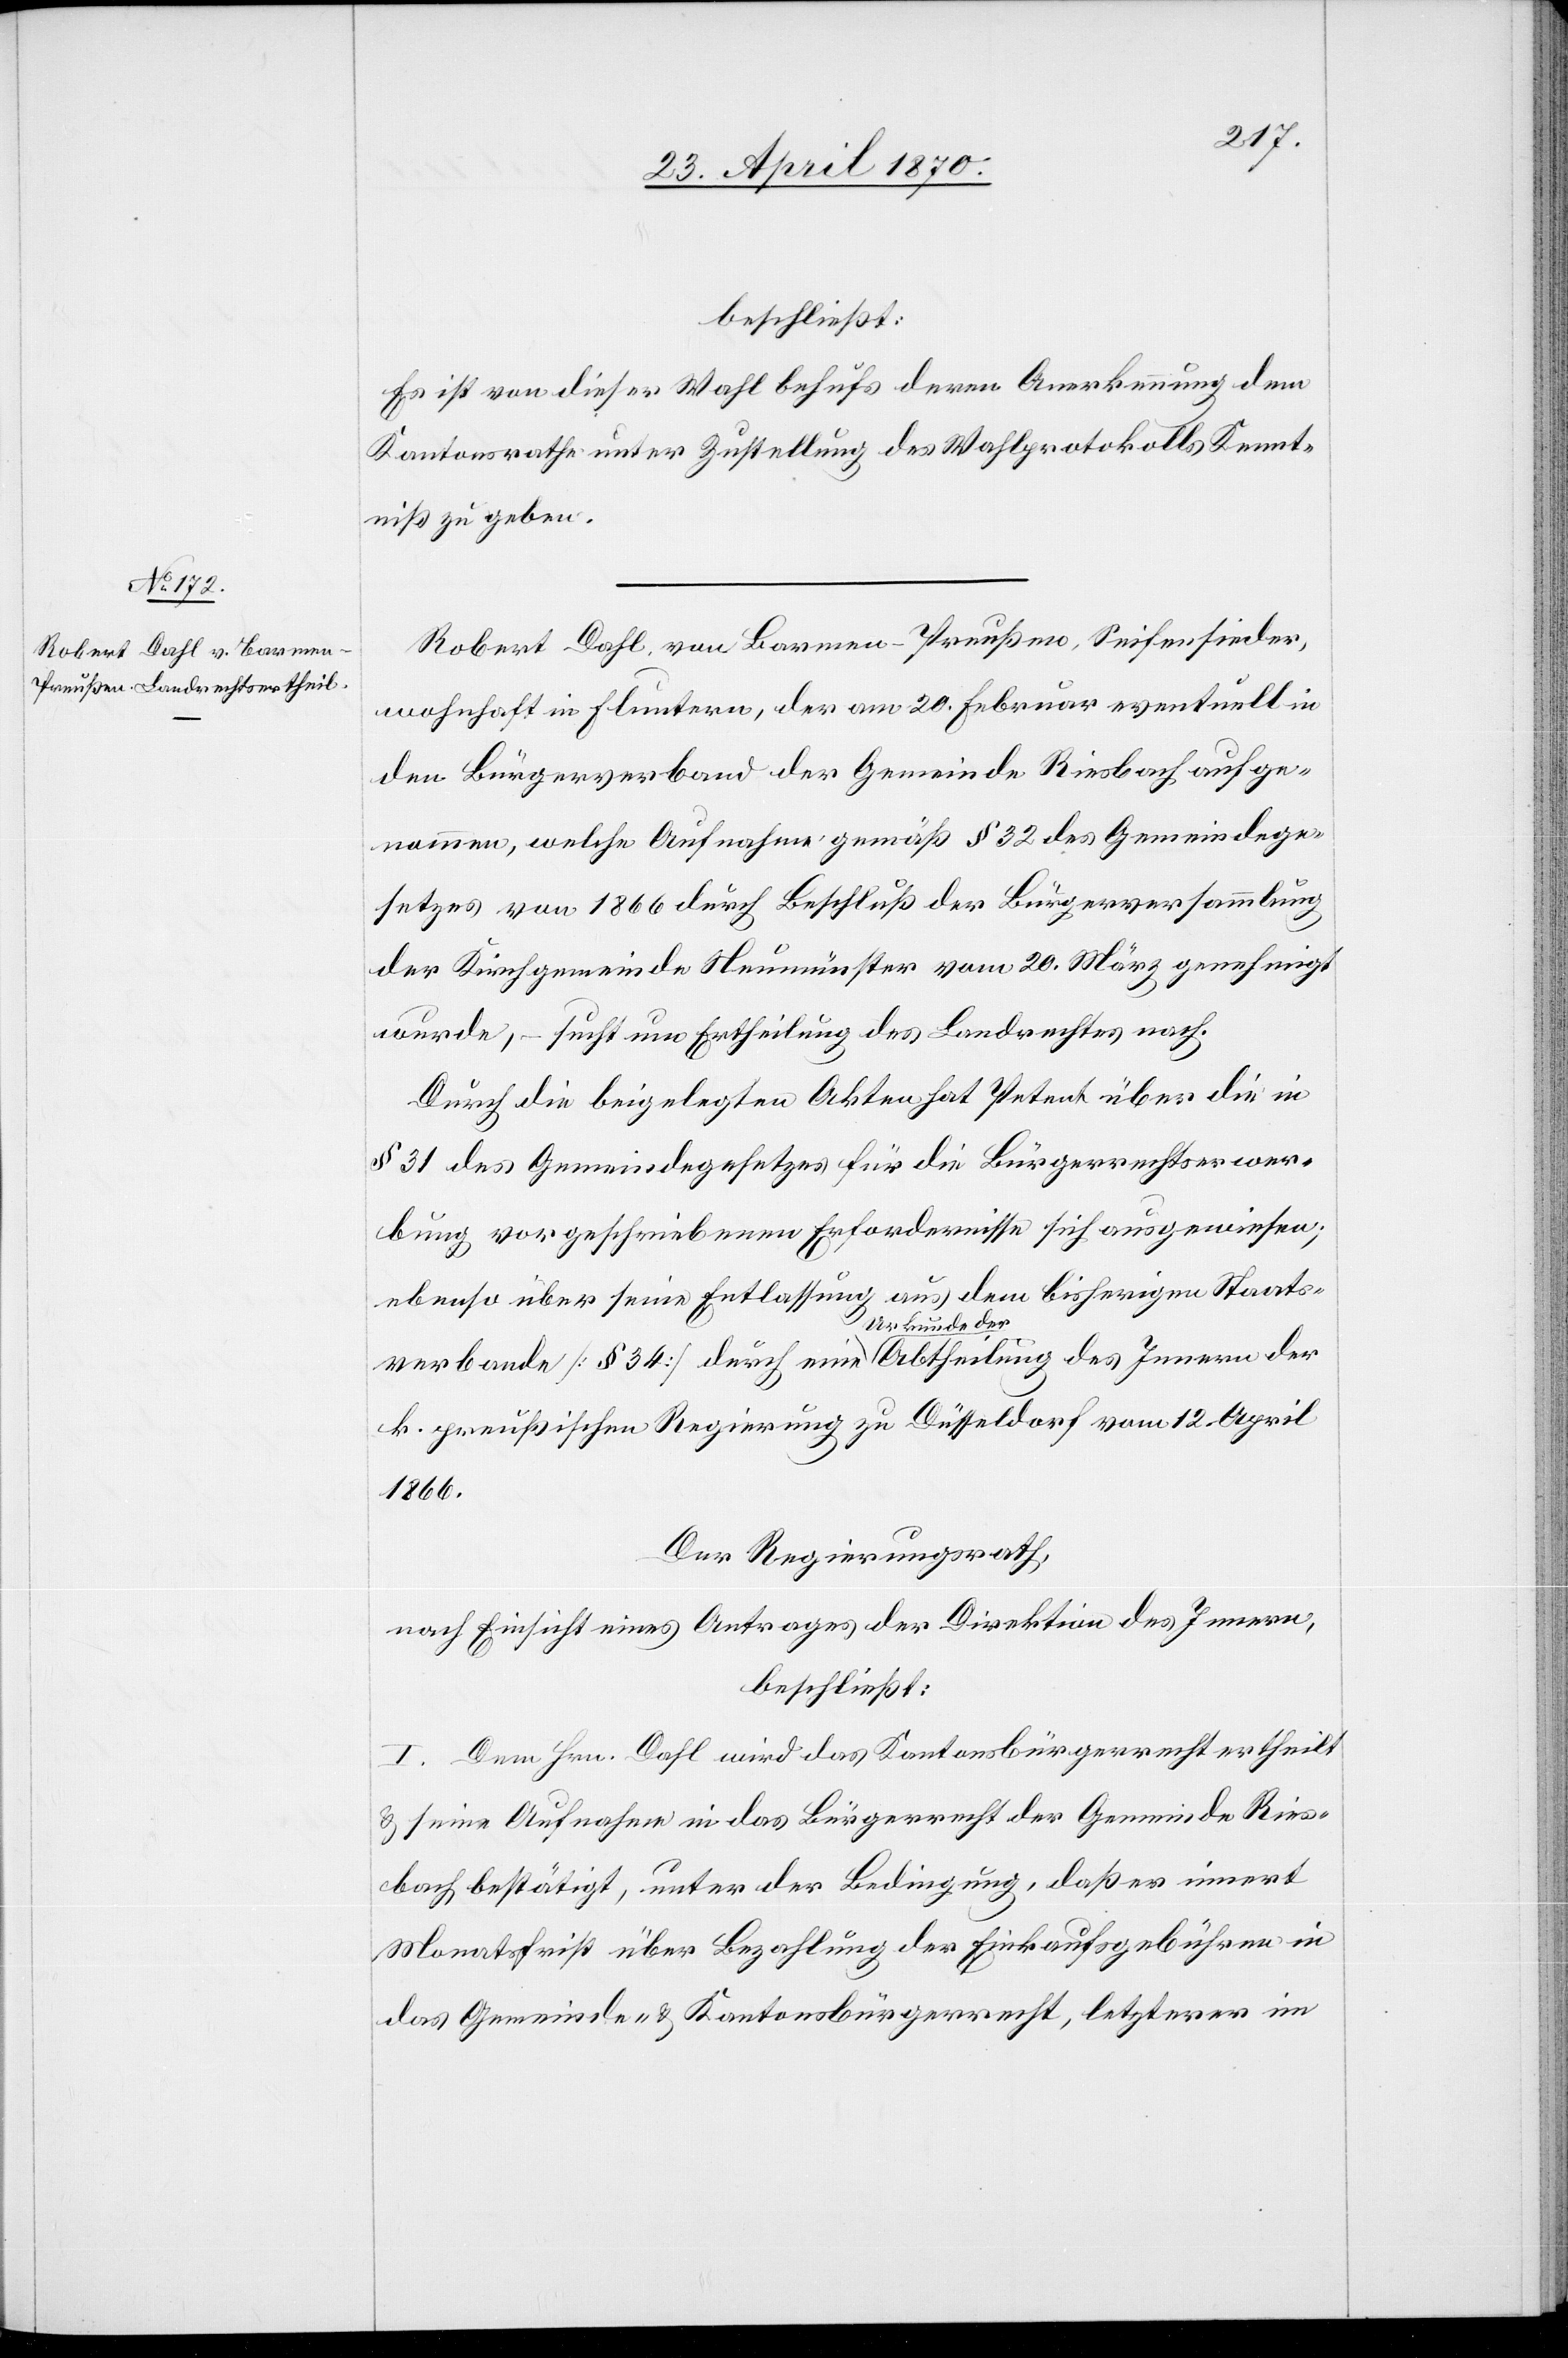
beschließt:
Es ist von dieser Wahl behufs deren Anerkennung dem
Kantonsrathe unter Zustellung des Wahlprotokolls Kennt¬
niß zu geben.
Robert Dahl, von Barmen - Preußen, Seifensieder,
wohnhaft in Fluntern, der am 20. Februar eventuell in
den Bürgerverband der Gemeinde Riesbach aufge¬
nommen, welche Aufnahme gemäß § 32 des Gemeindege¬
setzes von 1866 durch Beschluß der Bürgerversammlung
der Kirchgemeinde Neumünster vom 20. März genehmigt
wurde, – sucht um Ertheilung des Landrechtes nach.
Durch die beigelegten Akten hat Petent über die in
§ 31 des Gemeindegesetzes für die Bürgerrechtserwer¬
bung vorgeschriebenen Erfordernisse sich ausgewiesen;
ebenso über seine Entlassung aus dem bisherigen Staats¬
verbande [§ 34] durch eine a-Urkunde der-a Abtheilung des Innern der
k. preußischen Regierung zu Düsseldorf vom 12. April
1866.
Der Regierungsrath,
nach Einsicht eines Antrages der Direktion des Innern,
beschließt:
1. Dem Hrn. Dahl wird das Kantonsbürgerrecht ertheilt
& seine Aufnahme in das Bürgerrecht der Gemeinde Ries¬
bach bestätigt, unter der Bedingung, daß er innert
Monatsfrist über Bezahlung der Einkaufsgebühren in
das Gemeinde- & Kantonsbürgerrecht, letzterer im